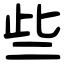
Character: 些